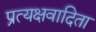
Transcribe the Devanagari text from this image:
प्रत्यक्षवादिता